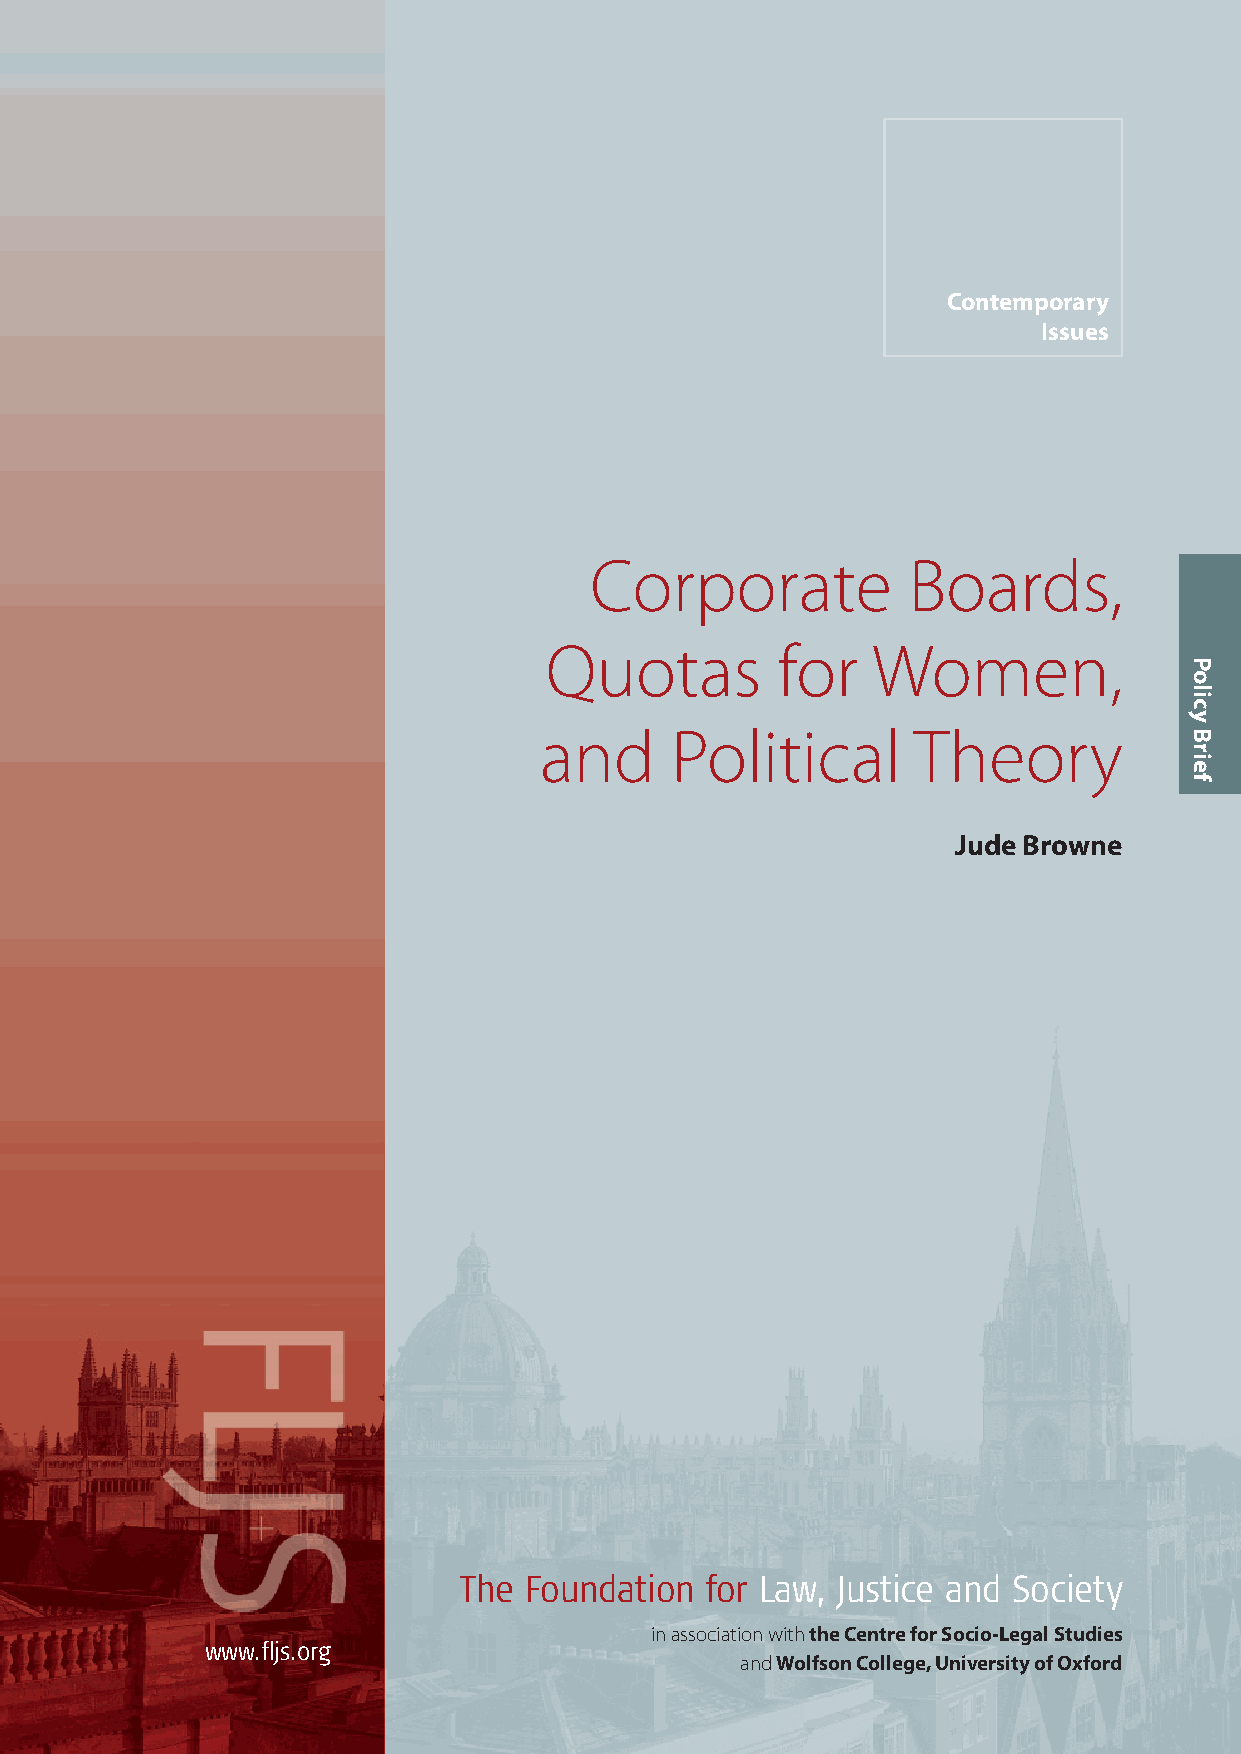
Brown PB_Layout 1 09/06/2014 11:25 Page 3
 Contemporary
 Issues
 Corporate            Boards,
 Quotas         for    Women,
 and     Political       Theory
 Jude Browne
 The  Foundation  for Law, Justice and Society
 in association with the Centre for Socio-Legal Studies
 www.fljs.org
 andWolfson College, University of Oxford
 Policy
 Brief